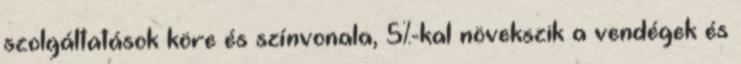
szolgáltatások köre és színvonala, 5%-kal növekszik a vendégek és